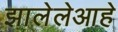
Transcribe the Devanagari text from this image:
झालेलेआहे